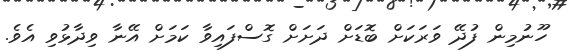
ހޫނުމިން ފުދޭ ވަރަކަށް ބޮޑަށް ދަށަށް ގޮސްފައިވާ ކަމަށް އޭނާ ވިދާޅުވި އެވެ.